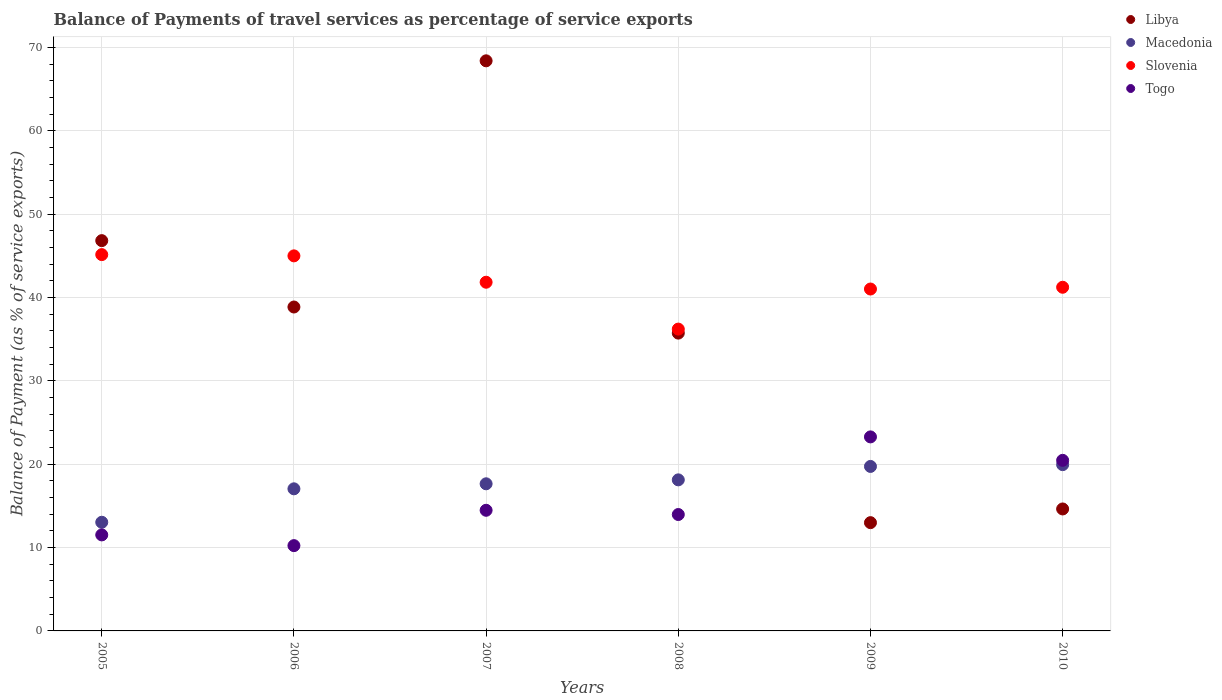
| Years | Libya | Macedonia | Slovenia | Togo |
 | --- | --- | --- | --- | --- |
 | 2005 | 46.8 | 13 | 45.1 | 11.5 |
 | 2006 | 38.9 | 17 | 45 | 10.2 |
 | 2007 | 68.4 | 17.6 | 41.8 | 14.5 |
 | 2008 | 35.7 | 18.1 | 36.2 | 14 |
 | 2009 | 13 | 19.7 | 41 | 23.3 |
 | 2010 | 14.6 | 19.9 | 41.2 | 20.5 |